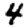
Digit: 4